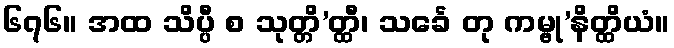
၆၇၆။ အထ သိပ္ပီ စ သုတ္တိ’တ္ထီ၊ သင်္ခေ တု ကမ္ဗု’နိတ္ထိယံ။